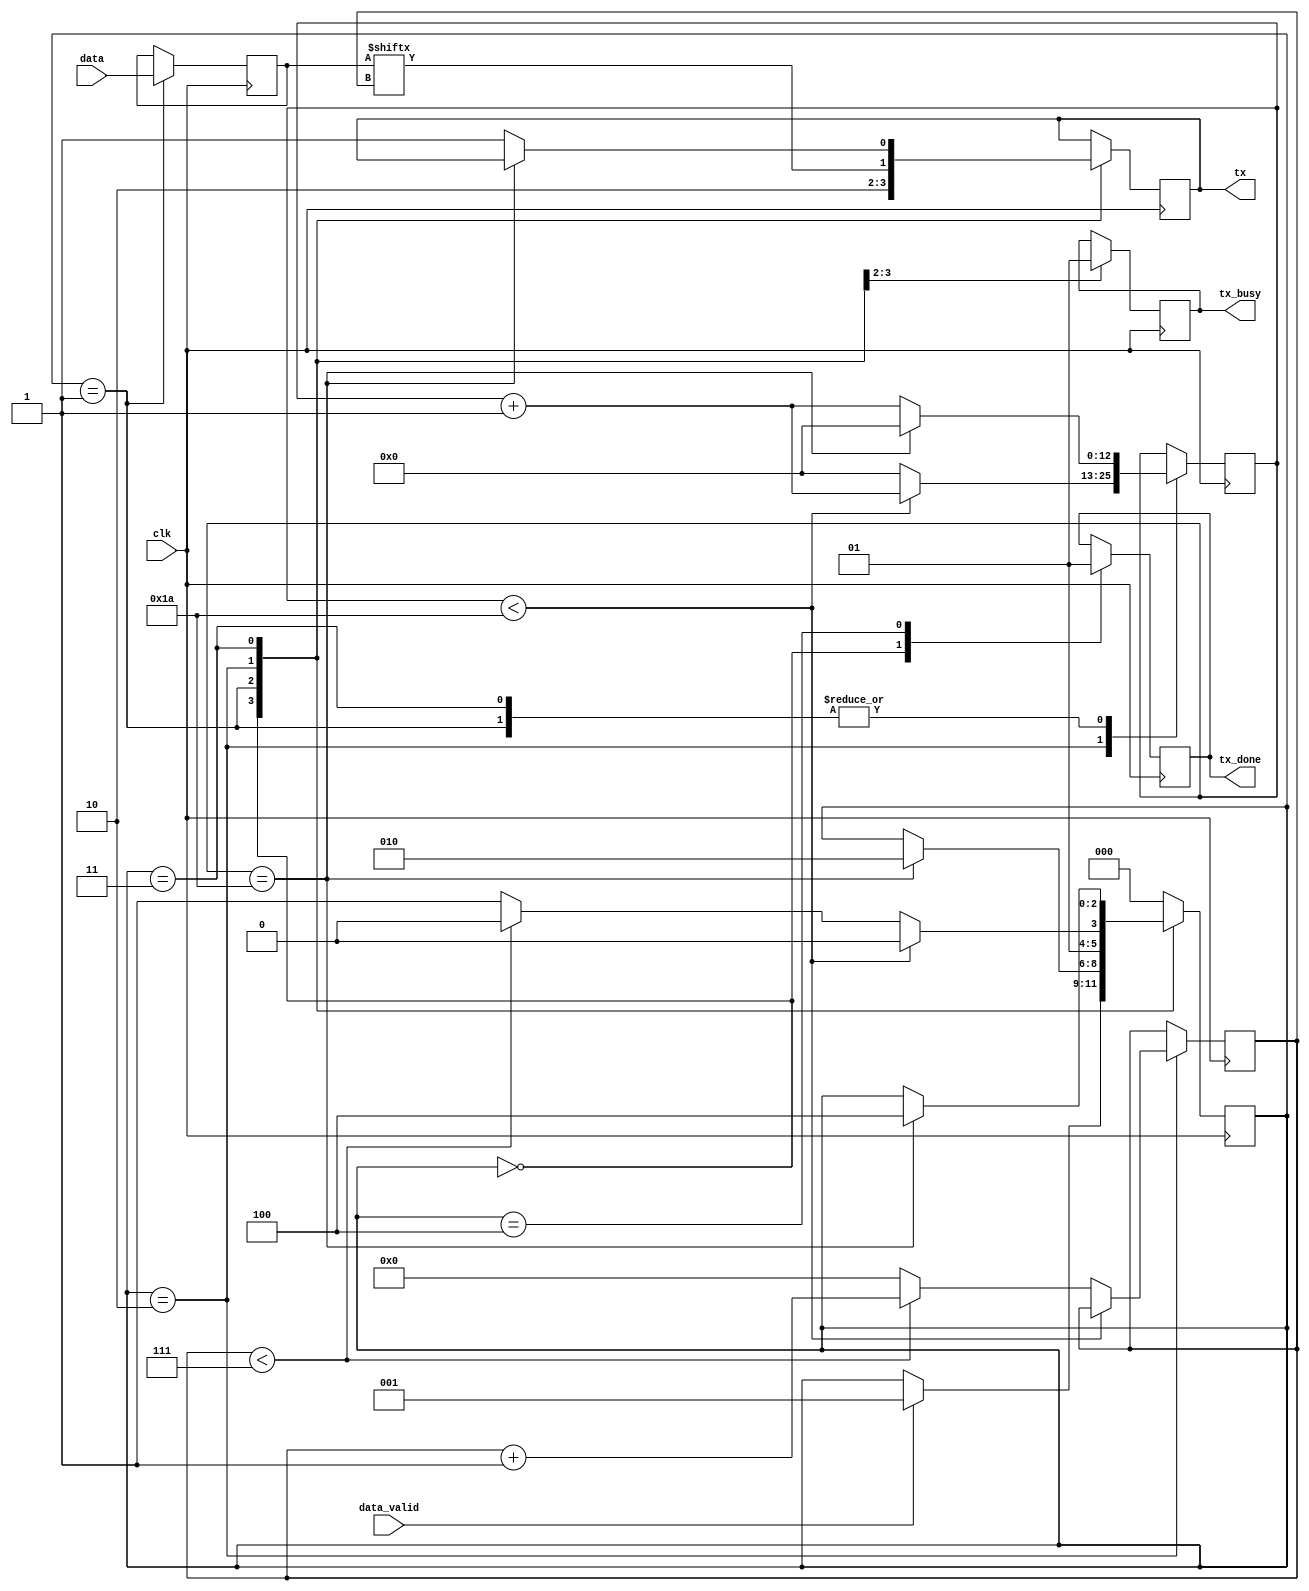
module tx_module (
    input clk,
    input [7:0] data,
    input data_valid,

    output reg tx,
    output reg tx_busy,
    output reg tx_done
);

reg [2:0] state_tx = 0;
reg [7:0] tx_data = 0;
reg [12:0] clk_count = 0;
reg tx_data_valid = 0;
reg [3:0] bit_pointer = 0;

parameter clk_freq = 25000000;
parameter baudrate = 921600;
parameter bit_clks = clk_freq/baudrate;
parameter half_bit = (bit_clks-1)/2;

localparam idle = 0, start_bit = 1, transmit = 2, stop_bit = 3, new_data = 4;

always @(posedge clk) 
begin
    case (state_tx) 
        idle: begin
            tx <= 1;
            tx_busy <=0;
            tx_done <= 0;
            if(data_valid) begin
                state_tx <= start_bit;
            end
        end 
        start_bit: begin
            tx <= 0;
            tx_busy <=1;
            tx_data <= data;
            if(clk_count == bit_clks-1) begin
                state_tx <= transmit;
                clk_count <= 0;
            end
            else
                clk_count <= clk_count+1;
        end
        transmit: begin
            tx <= tx_data[bit_pointer]; 
            if(clk_count < bit_clks-1) begin   
                state_tx <= transmit;
                clk_count <= clk_count + 1;     
            end   
            else begin
                clk_count <= 0;   
                if(bit_pointer < 7) begin                                    
                    bit_pointer <= bit_pointer+1;
                    state_tx <= transmit;
                end
                else begin
                    bit_pointer <= 0;    
                    state_tx <= stop_bit;
                end
            end
        end
        stop_bit: begin
            if(clk_count == bit_clks-1) begin
                state_tx <= new_data; 
                clk_count <= 0;   
            end
            else begin
                tx <= 1;            
                clk_count <= clk_count + 1;
            end
        end
        new_data: begin
            tx_done <= 1;
            state_tx <= idle;
        end
        default : state_tx <= idle;
    endcase
end
endmodule